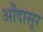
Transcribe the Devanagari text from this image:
औंदासूर